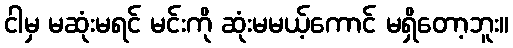
ငါမှ မဆုံးမရင် မင်းကို ဆုံးမမယ့်ကောင် မရှိတော့ဘူး။